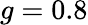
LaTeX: g=0.8